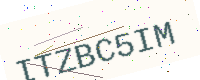
Text: ITZBC5IM